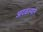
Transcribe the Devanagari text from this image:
आदळल्याने